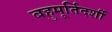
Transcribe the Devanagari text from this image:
बहुमूर्तिदर्शी